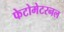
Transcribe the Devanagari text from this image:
फेटोमेटरनल